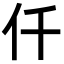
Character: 仟